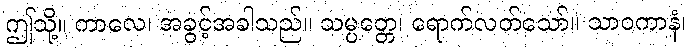
ဤသို့။ ကာလေ၊ အခွင့်အခါသည်။ သမ္ပတ္တေ၊ ရောက်လတ်သော်။ သာဝကာနံ၊